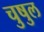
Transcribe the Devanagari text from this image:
चुषुल